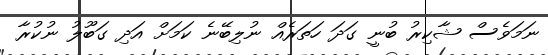
ނަމަވެސް ޝާކިރު ބުނީ ގަދަ ހަތަރެއް ނުލިބޭނެ ކަމަށް އަދި ގަބޫލު ނުކުރާ